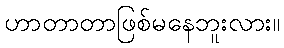
ဟာတာတာဖြစ်မနေဘူးလား။